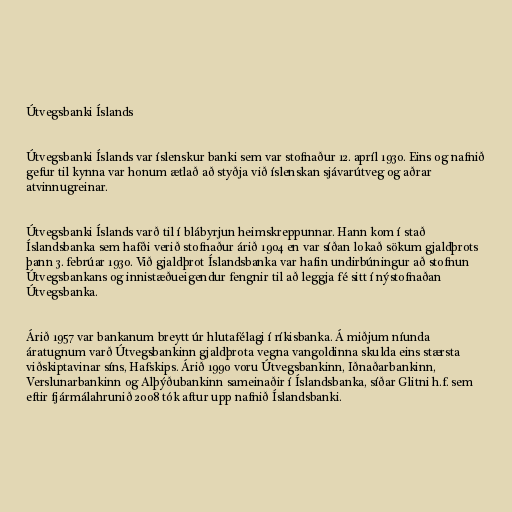
Útvegsbanki Íslands

Útvegsbanki Íslands var íslenskur banki sem var stofnaður 12. apríl 1930. Eins og nafnið
gefur til kynna var honum ætlað að styðja við íslenskan sjávarútveg og aðrar
atvinnugreinar.

Útvegsbanki Íslands varð til í blábyrjun heimskreppunnar. Hann kom í stað
Íslandsbanka sem hafði verið stofnaður árið 1904 en var síðan lokað sökum gjaldþrots
þann 3. febrúar 1930. Við gjaldþrot Íslandsbanka var hafin undirbúningur að stofnun
Útvegsbankans og innistæðueigendur fengnir til að leggja fé sitt í nýstofnaðan
Útvegsbanka.

Árið 1957 var bankanum breytt úr hlutafélagi í ríkisbanka. Á miðjum níunda
áratugnum varð Útvegsbankinn gjaldþrota vegna vangoldinna skulda eins stærsta
viðskiptavinar síns, Hafskips. Árið 1990 voru Útvegsbankinn, Iðnaðarbankinn,
Verslunarbankinn og Alþýðubankinn sameinaðir í Íslandsbanka, síðar Glitni h.f. sem
eftir fjármálahrunið 2008 tók aftur upp nafnið Íslandsbanki.